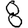
Digit: 8